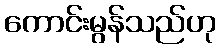
ကောင်းမွန်သည်ဟု